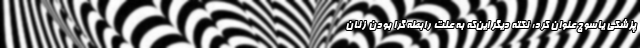
پزشکی یاسوج عنوان کرد: نکته دیگر این‌که به علت رابطه گرا بودن زنان